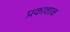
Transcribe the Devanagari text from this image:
प्रकाशाक्ष